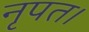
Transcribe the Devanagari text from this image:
नृपत।